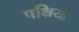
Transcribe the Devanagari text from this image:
पक्षियो